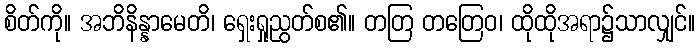
စိတ်ကို။ အဘိနိန္နာမေတိ၊ ရှေးရှုညွတ်စ၏။ တတြ တတြေဝ၊ ထိုထိုအရာ၌သာလျှင်။